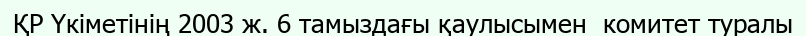
ҚР Үкіметінің 2003 ж. 6 тамыздағы қаулысымен  комитет туралы